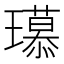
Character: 𤪶